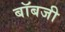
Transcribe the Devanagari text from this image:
बॉबजी